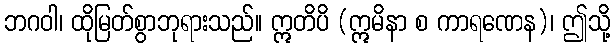
ဘဂဝါ၊ ထိုမြတ်စွာဘုရားသည်။ ဣတိပိ (ဣမိနာ စ ကာရဏေန)၊ ဤသို့